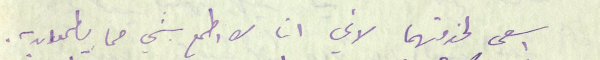
اسعى لخدمتهما لاني انا لا اطمع بشي مما يطمعان به.